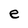
Character: e